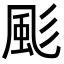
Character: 颩